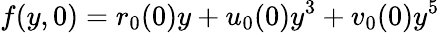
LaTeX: f(y,0)=r_{0}(0)y+u_{0}(0)y^{3}+v_{0}(0)y^{5}